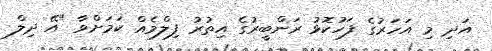
އަދި މި އަހަރުގެ ފަހުކޮޅު ރަންބީރުގެ އިތުރު ފިލްމެއް ކަމަށްވާ "އޭ ދިލް